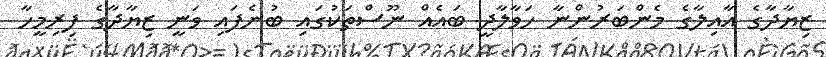
ޒިޔާދާގެ އާއިލާގެ މެންބަރުންނާ ހަވާލާދީ ބައެއް ނޫސްތަކުގައި ބުނެފައި ވަނީ ޒިޔާދާގެ ފިރިމީހާ